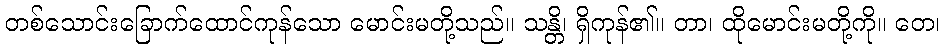
တစ်သောင်းခြောက်ထောင်ကုန်သော မောင်းမတို့သည်။ သန္တိ၊ ရှိကုန်၏။ တာ၊ ထိုမောင်းမတို့ကို။ တေ၊